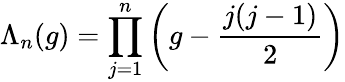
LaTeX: \Lambda_{n}(g)=\prod_{j=1}^{n}\left(g-\frac{j(j-1)}{2}\right)